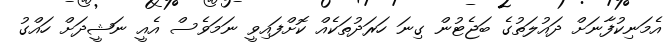
އެމަނިކުފާނަށް ދައުލަތުގެ ބަޖެޓުން ގިނަ ހަރަދުތަކެއް ކޮށްފައިވީ ނަމަވެސް އެއީ ނަޝީދަށް ހައްގު